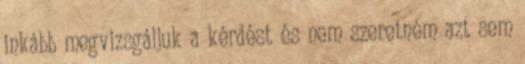
inkább megvizsgáljuk a kérdést és nem szeretném azt sem